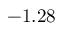
- 1 . 2 8